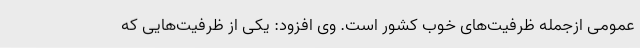
عمومی ازجمله ظرفیت‌های خوب کشور است. وی افزود: یکی از ظرفیت‌هایی که